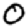
Digit: 0